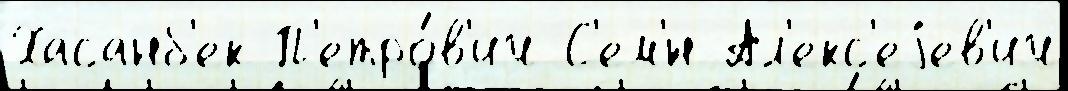
Хасанб'ек П'етро́в'ич С'ем'́н Ал'екс'еjев'ич